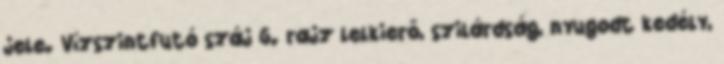
jele. Vízszintfutó száj 6. rajz lelkierő, szilárdság, nyugodt kedély,